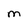
Character: M